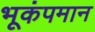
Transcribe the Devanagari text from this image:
भूकंपमान